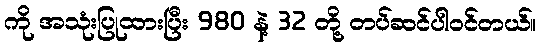
ကို အသုံးပြုထားပြီး 980 နဲ့ 32 တို့ တပ်ဆင်ပါဝင်တယ်။